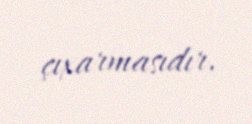
çıxarmasıdır.